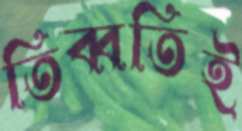
তিব্বতিই